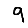
Digit: 9